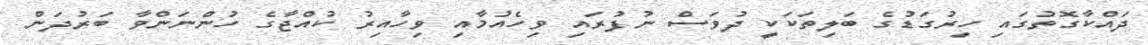
ދައްކާގޮތުގައި ހިރުގަޑުގެ ބަލިތަކަކީ ދުވަސް ނުފުރައި ވިހެއުމާއި ވިހާއިރު ކުއްޖާގެ ހުންނަންވާ ބަރުދަން